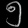
Digit: ၅